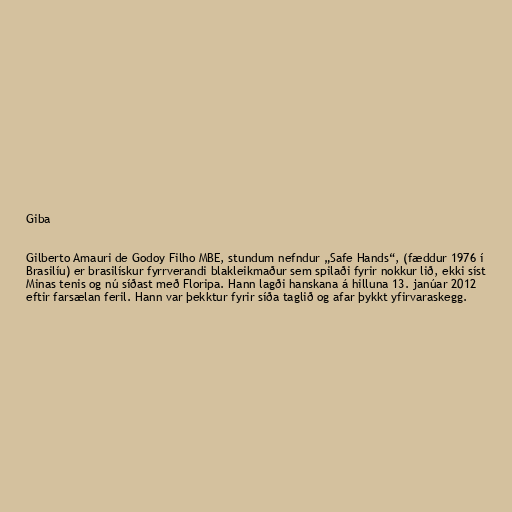
Giba

Gilberto Amauri de Godoy Filho MBE, stundum nefndur „Safe Hands“, (fæddur 1976 í
Brasilíu) er brasilískur fyrrverandi blakleikmaður sem spilaði fyrir nokkur lið, ekki síst
Minas tenis og nú síðast með Floripa. Hann lagði hanskana á hilluna 13. janúar 2012
eftir farsælan feril. Hann var þekktur fyrir síða taglið og afar þykkt yfirvaraskegg.